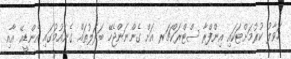
ހަވާލު ކުރުމަށްޓަކައި އިންފްރާ ސްޓްރަކްޗަރ އަށް ގެންނަންޖެހޭ ބަދަލުތައް ގެނައުމުގައި އެންޑީއޭ އާއި